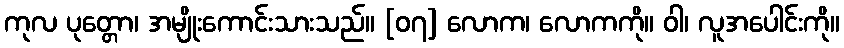
ကုလ ပုတ္တော၊ အမျိုးကောင်းသားသည်။ [၀၇] လောက၊ လောကကို။ ဝါ၊ လူအပေါင်းကို။